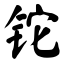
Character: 铊